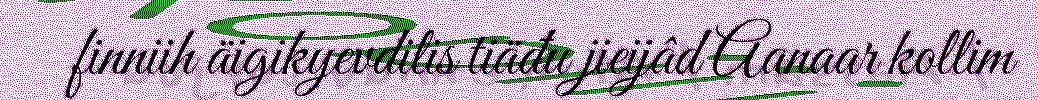
finniih äigikyevdilis tiäđu jieijâd Aanaar kollim